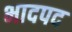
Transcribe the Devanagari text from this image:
भादपद